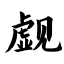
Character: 觑